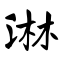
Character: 淋